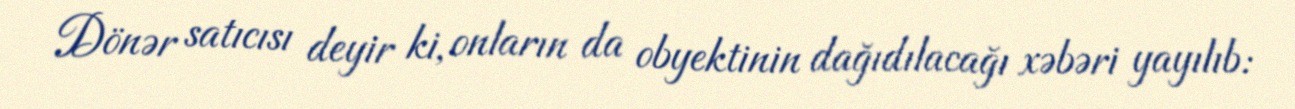
Dönər satıcısı deyir ki, onların da obyektinin dağıdılacağı xəbəri yayılıb: